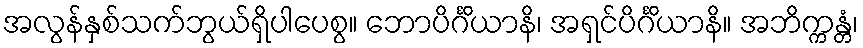
အလွန်နှစ်သက်ဘွယ်ရှိပါပေစွ။ ဘောပိင်္ဂိယာနိ၊ အရှင်ပိင်္ဂိယာနိ။ အဘိက္ကန္တံ၊